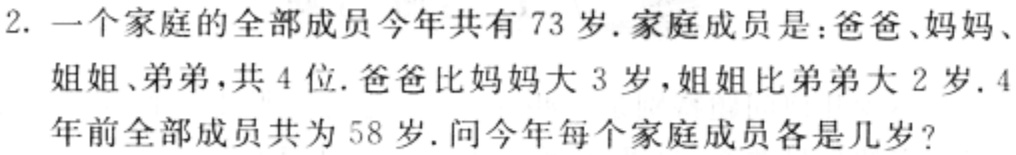
2. 一个家庭的全部成员今年共有 73 岁.家庭成员是：爸爸、妈妈、姐姐、弟弟，共 4 位.爸爸比妈妈大 3 岁，姐姐比弟弟大 2 岁. 4年前全部成员共为 58 岁.问今年每个家庭成员各是几岁?